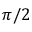
\pi / 2